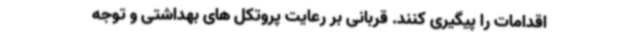
اقدامات را پیگیری کنند. قربانی بر رعایت پروتکل های بهداشتی و توجه